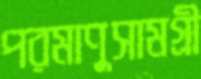
পরমাণুসামগ্রী